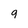
Character: 9